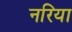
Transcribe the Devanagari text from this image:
नरिया